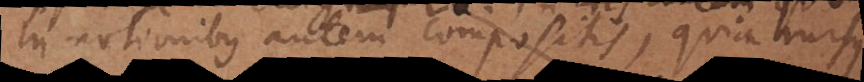
In notionibus autem compositis, quia rursus